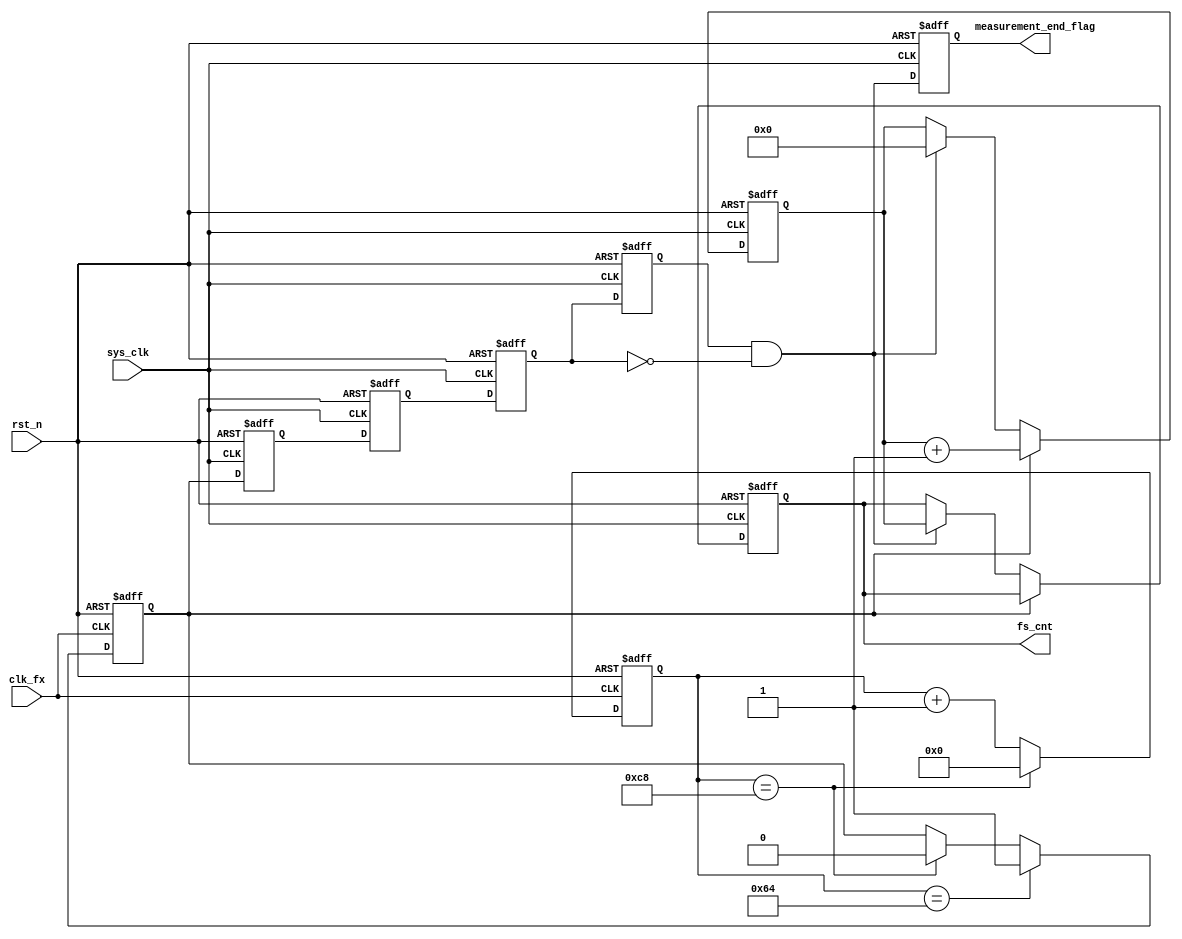
module Equal_precision_measurement(
    sys_clk,                                                        //
    rst_n,
    clk_fx,                                                         //

    fs_cnt,                                                         //
    measurement_end_flag
    );
//    
    input                               sys_clk                    ;
    input                               rst_n                      ;
    input                               clk_fx                     ;

    output reg         [  31:0]         fs_cnt                     ;//
    output reg                          measurement_end_flag       ;
//
    parameter                           CLK_FS    = 28'd100_000_000;//100MHZ     
    parameter                           GATE_TIME = 16'd100        ;//    

//reg define
reg                                     gate_fx                    ;//         
reg                                     gate_fs                    ;//	
reg                                     gate_fs_r                  ;//gate
reg                                     gate_fs_d0                 ;//gate
reg                                     gate_fs_d1                 ;//gate
reg                                     gate_fx_d0                 ;//gate
reg                                     gate_fx_d1                 ;//gate
reg                    [  15:0]         gate_cnt                   ;//
//reg    [31:0]   	fs_cnt      ;           //
reg                    [  31:0]         fs_cnt_temp                ;//fs_cnt 
reg                    [  31:0]         fx_cnt                     ;//
reg                    [  31:0]         fx_cnt_temp                ;//fx_cnt 

reg                    [  31:0]         fx_reg                     ;

//wire define
wire                                    neg_gate_fs                ;//=
wire                                    neg_gate_fx                ;//

//
assign      neg_gate_fs = gate_fs_d1 & ~gate_fs_d0;
assign      neg_gate_fx = gate_fx_d1 & ~gate_fx_d0;

//clk
always@(posedge sys_clk or negedge rst_n)begin
    if(!rst_n)begin
        gate_fs_d1 <= 1'b0;
        gate_fs_d0 <= 1'b0;
    end
    else  begin
        gate_fs_d0 <= gate_fs;
        gate_fs_d1 <= gate_fs_d0;
    end
end
//fs
always@(posedge clk_fx or negedge rst_n)begin
    if(!rst_n)begin
        gate_fx_d1 <= 1'b0;
        gate_fx_d0 <= 1'b0;
    end
    else  begin
        gate_fx_d0 <= gate_fx;
        gate_fx_d1 <= gate_fx_d0;
    end
end
//
always@(posedge clk_fx or negedge rst_n)begin
    if(!rst_n)begin
        gate_cnt <= 16'd0;
    end
    else if(gate_cnt == 2*GATE_TIME) begin
        gate_cnt <= 16'b0;
    end
    else    begin
            gate_cnt <= gate_cnt + 1'b1;
    end
end
//
always@(posedge clk_fx or negedge rst_n)begin
    if(!rst_n)begin
        gate_fx <= 1'b0;
    end
    else if(gate_cnt == GATE_TIME) begin
        gate_fx <= 1'b1;
    end
    else if(gate_cnt == 2*GATE_TIME) begin
        gate_fx <= 1'b0;
    end
    else    begin
        gate_fx <= gate_fx;
    end
end
//
//
always @(posedge sys_clk or negedge rst_n) begin
    if(!rst_n) begin
        gate_fs_r <= 1'b0;
        gate_fs   <= 1'b0;
    end
    else begin
        gate_fs_r <= gate_fx;
        gate_fs   <= gate_fs_r;
    end
end
//
always@(posedge sys_clk or negedge rst_n)begin
    if(!rst_n)begin
        fs_cnt_temp <= 32'b0;
        fs_cnt <= 32'b0;
    end
    else if(gate_fx == 1) begin
        fs_cnt_temp <= fs_cnt_temp + 1'b1;
    end
    else if(neg_gate_fs)   begin
        fs_cnt <= fs_cnt_temp;
        fs_cnt_temp <= 0;
    end
    else
        fs_cnt_temp <= fs_cnt_temp;
end
//
always@(posedge clk_fx or negedge rst_n)begin
    if(!rst_n)begin
        fx_cnt_temp <= 32'b0;
        fx_cnt <= 32'b0;
    end
    else if(gate_fx == 1) begin
        fx_cnt_temp <= fx_cnt_temp + 1;
    end
    else if(neg_gate_fx)    begin
        fx_cnt <= fx_cnt_temp;
        fx_cnt_temp <= 0;
    end
    else
        fx_cnt_temp <= fx_cnt_temp;
end
//neg_gate_fsmeasurement_end_flag
always@(posedge sys_clk or negedge rst_n)begin
    if(!rst_n)begin
        measurement_end_flag <= 0;
    end
    else begin
        measurement_end_flag <= neg_gate_fs;
    end
end
////
//always@(posedge sys_clk or negedge rst_n)begin
//    if(!rst_n)begin
//        fx_reg <= 0;
//    end
//    else if(neg_gate_fx == 1'b0) begin
////        fx[63:32] <= fx_cnt; 
////        fx[63:32] <= 0;
//        fx_reg <= fs_cnt;
//    end
//end
////fx
//always@(posedge sys_clk or negedge rst_n)begin
//    if(!rst_n)begin
//        fx <= 0;
//    end
//    else begin
//        fx <= fx_reg;
//    end
//end
//always@(negedge sys_clk or negedge rst_n)begin
//    if(!rst_n)begin
//        fx_reg1 <= 0;
//    end
//    else begin
//        fx_reg1 <= fx;
//    end
//end
//always@(posedge sys_clk or negedge rst_n)begin
//    if(!rst_n)begin
//        measurement_end_flag <= 0;
//    end
//    else if(fx_reg1 !== fx) begin
//        measurement_end_flag <= 1;
//    end
//    else begin
//        measurement_end_flag <= 0;
//    end
//end
endmodule